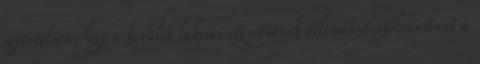
egyértelmű, hogy a kerület lakosai szeretnének véleményt nyilvánítani a